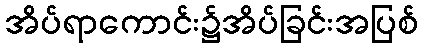
အိပ်ရာကောင်း၌အိပ်ခြင်းအပြစ်